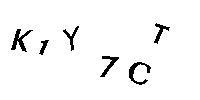
K1Y7CT